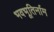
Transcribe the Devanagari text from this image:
भवभूतिर्नाम